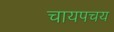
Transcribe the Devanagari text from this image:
चायपचय